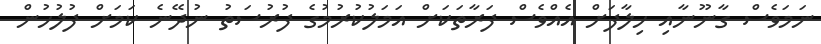
ނަމަވެސް ގާނޫނާއި ހިލާފަށް އެއްވެސް ފަރާތަކަށް އަމަލުކުރުމުގެ ފުރުސަތު ނުދޭނެ ކަމަށް ފުލުހުން